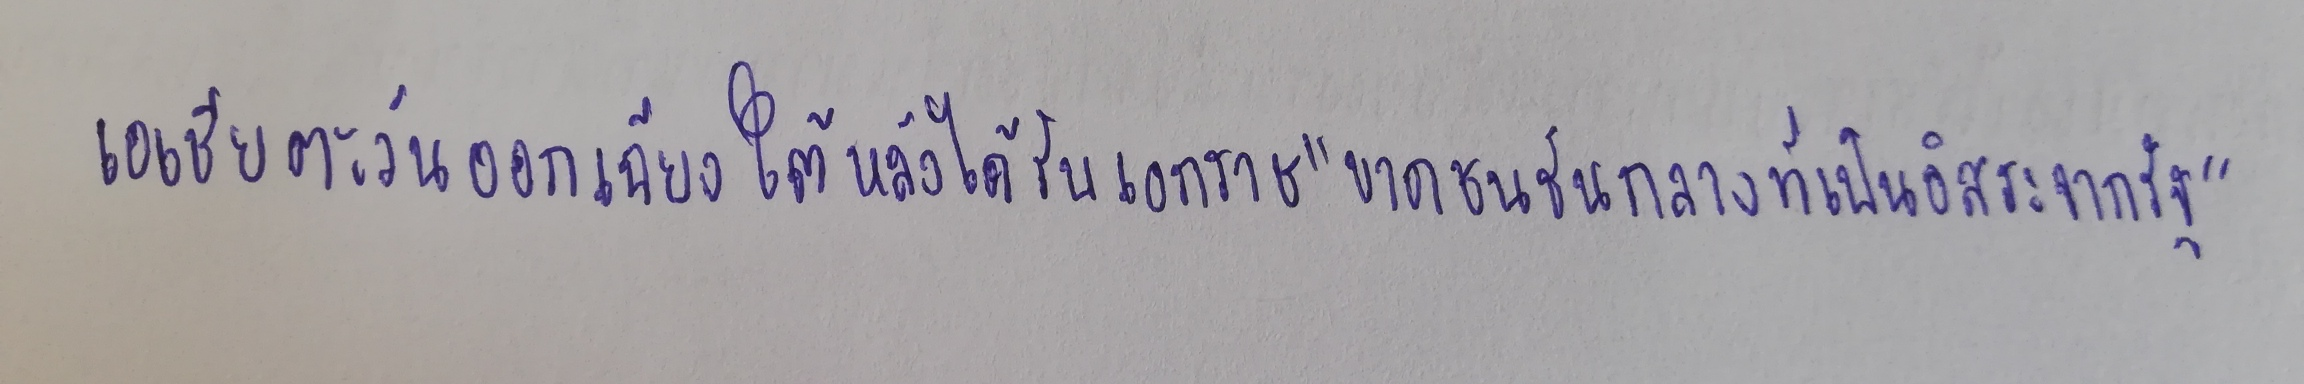
เอเชียตะวันออกเฉียงใต้หลังได้รับเอกราช"ขาดชนชั้นกลางที่เป็นอิสระจากรัฐ"